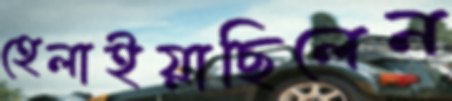
হেলাইয়াছিলেন